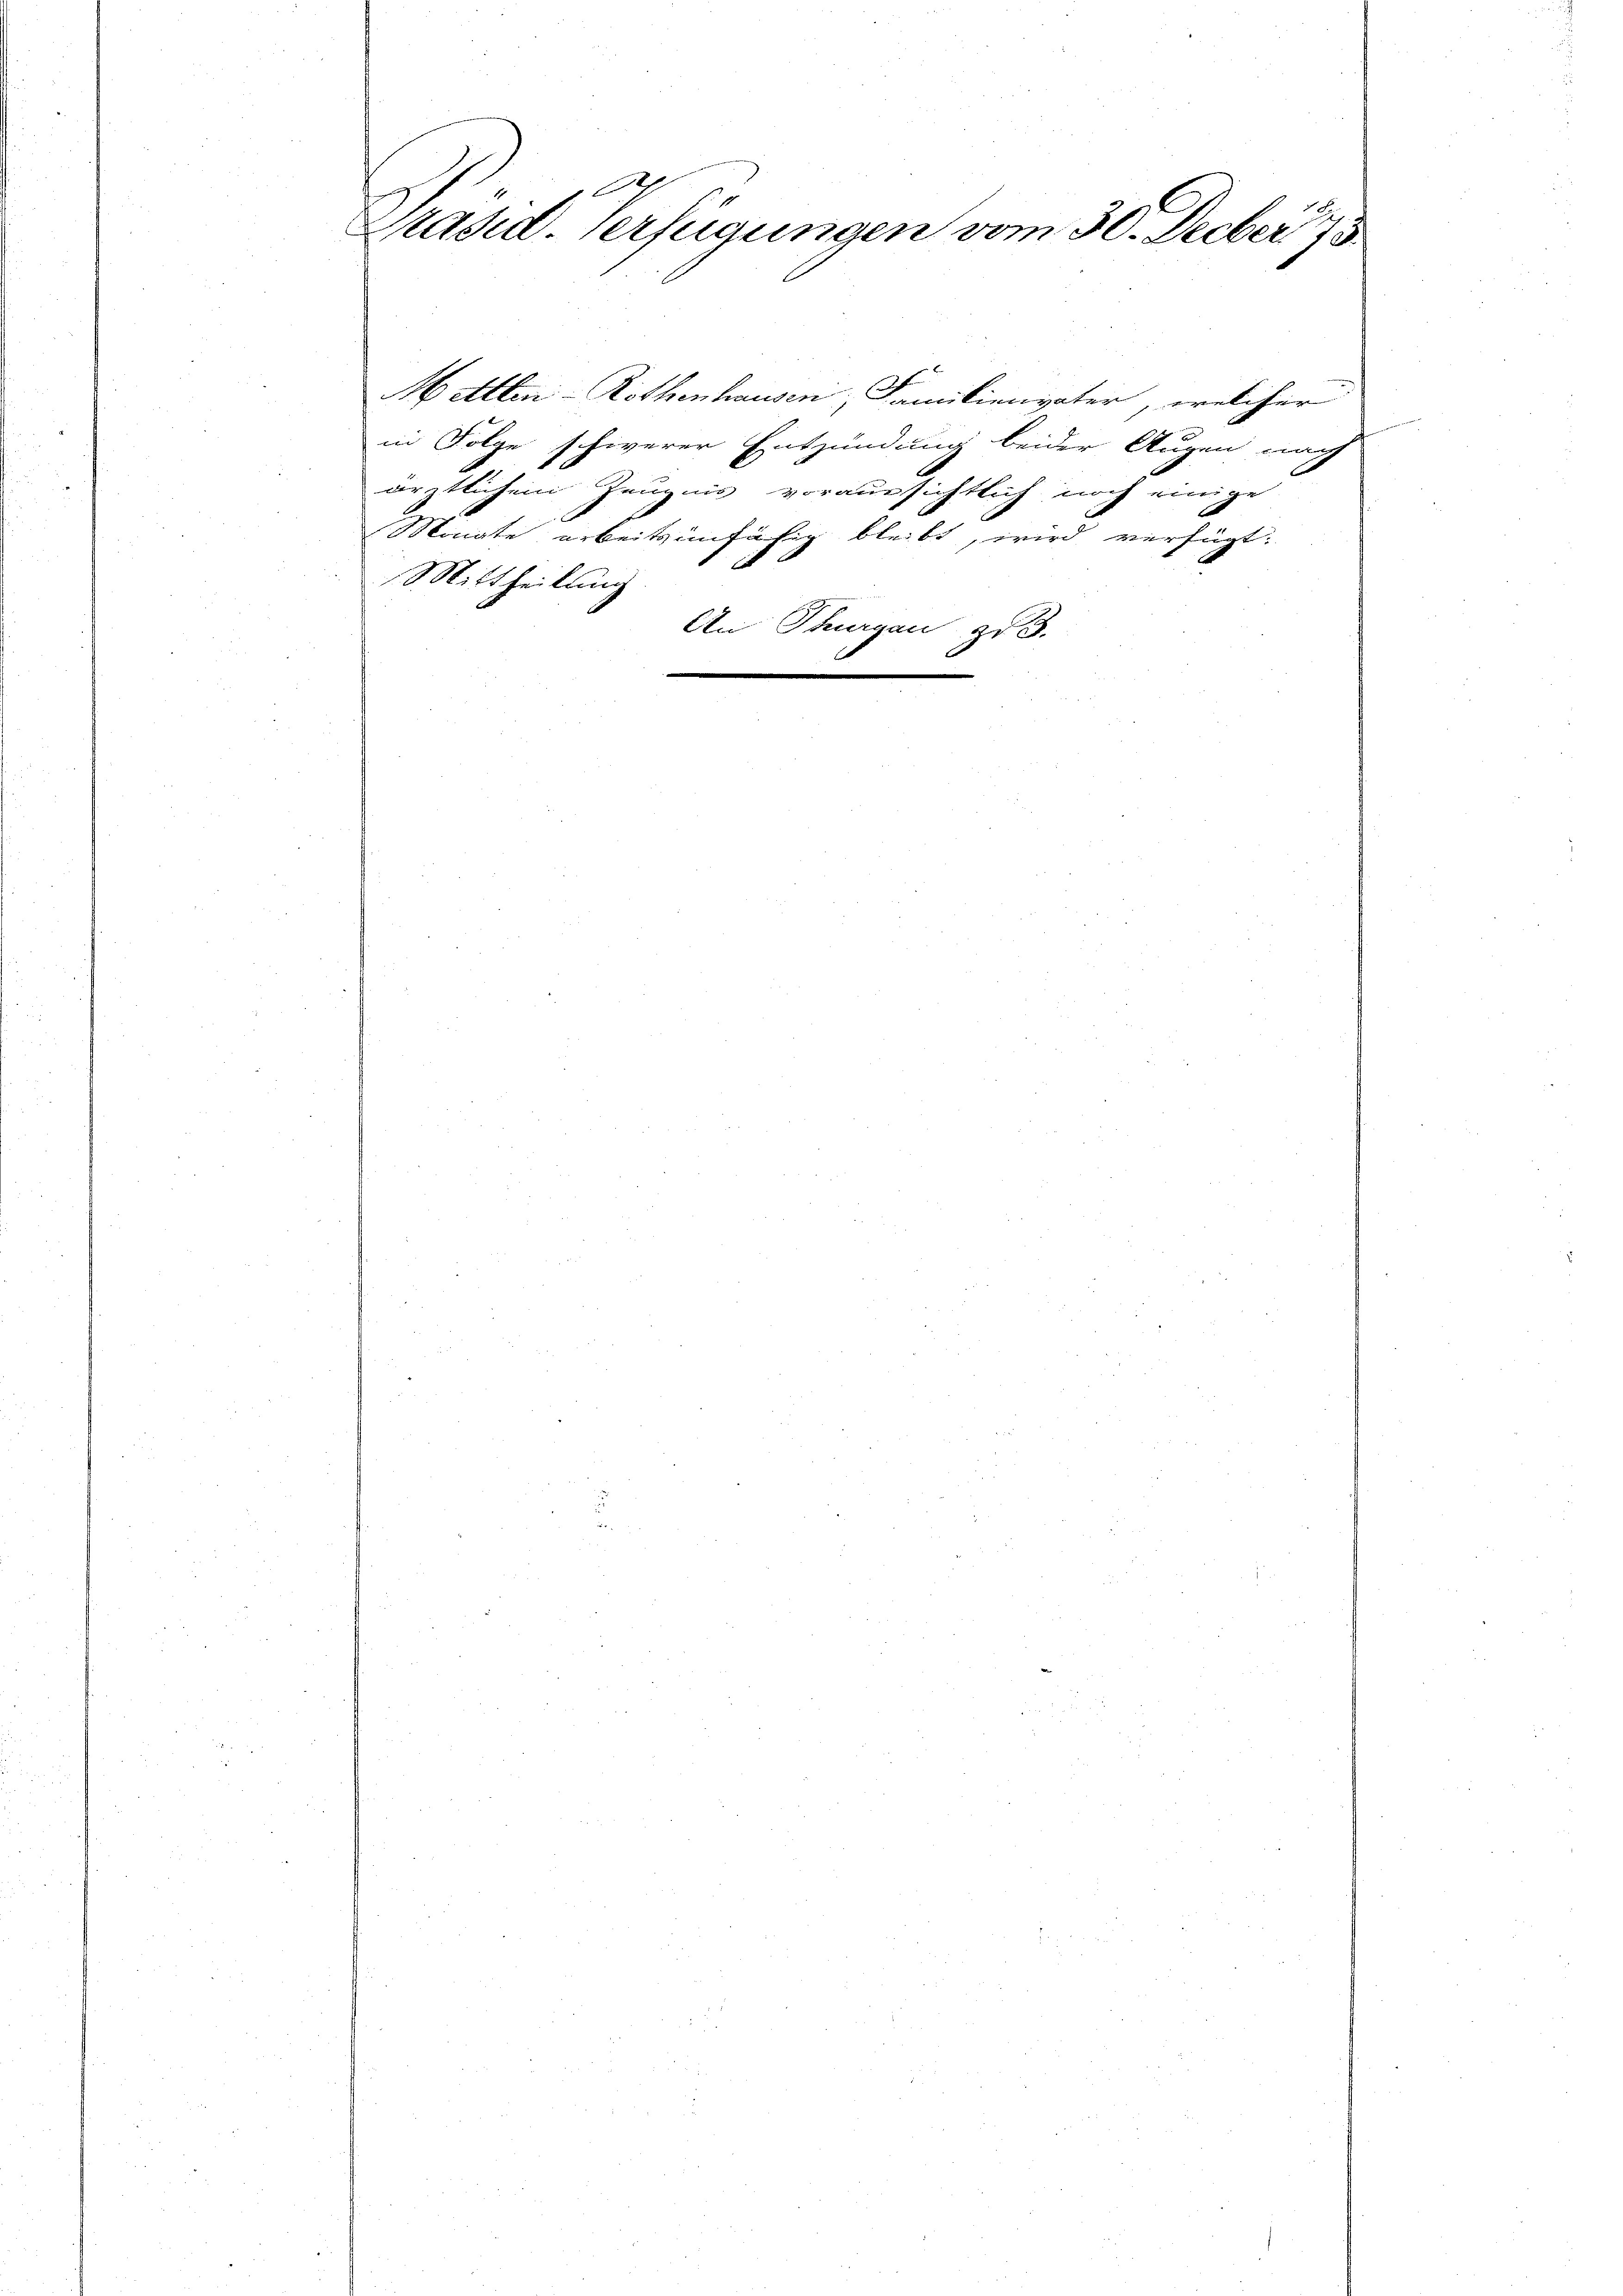
A
Präsid. Verfügungen vom 30. Decber 19

Mittlen-Rothenhausen, Familienvater, welcher
in Folge schwerer Entzündung beider Augen nach
ärztlichem Zeugnis voraussichtlich noch einige
Monate arbeitsunfähig bleibt, wird verfügt:
1
Mittheilung
.
An Thurgau zu 3.
.